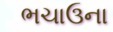
ભચાઉના